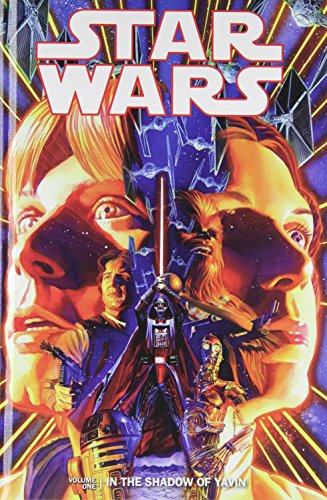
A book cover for Star Wars In the Shadow of Yavin 1 (Star Wars (Dark Horse)); Brian Wood; Teen & Young Adult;